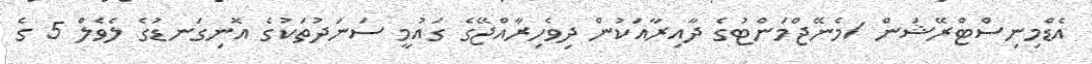
އެޑްމިނިސްޓްރޭޝަން /މެނޭޖްމަންޓުގެ ދާއިރާއަކުން ދިވެހިރާއްޖޭގެ ގައުމީ ސަނަދުތަކުގެ އޮނިގަނޑުގެ ލެވެލް 5 ގެ